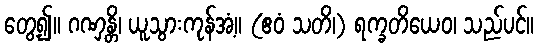
တွေ့၍။ ဂဏှန္တိ၊ ယူသွားကုန်အံ့။ (ဧဝံ သတိ၊) ရက္ခတိယေဝ၊ သည်ပင်။